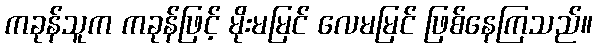
ကခုန်သူက ကခုန်ဖြင့် မိုးမမြင် လေမမြင် ဖြစ်နေကြသည်။